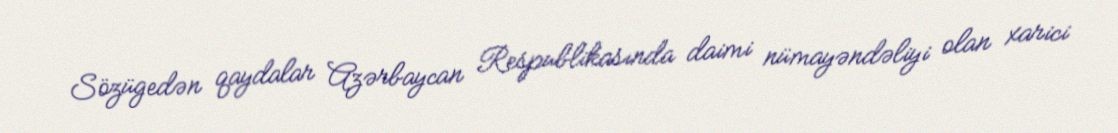
Sözügedən qaydalar Azərbaycan Respublikasında daimi nümayəndəliyi olan xarici